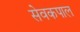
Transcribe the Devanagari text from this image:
सेवकपाल